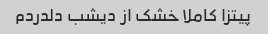
پیتزا کاملا خشک از دیشب دلدردم